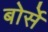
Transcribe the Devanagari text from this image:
बोर्से